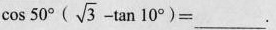
$$\cos 50^{\circ}(\sqrt{3}- \tan 10^{\circ})=___$$.